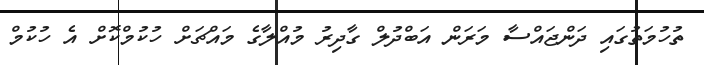
ތުހުމަތުގައި ދަންޖައްސާ މަރަން އަބްދުލް ގާދިރު މުއްލާގެ މައްޗަށް ހުކުމްކޮށް އެ ހުކުމް